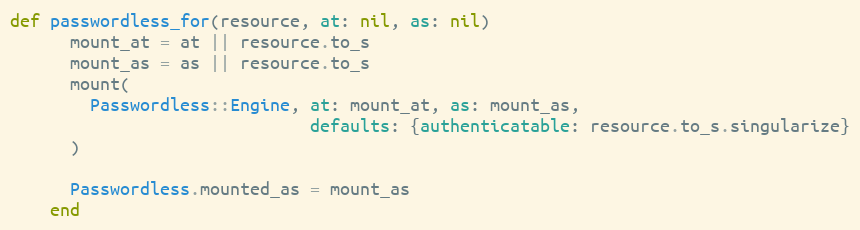
Language: Ruby
def passwordless_for(resource, at: nil, as: nil)
      mount_at = at || resource.to_s
      mount_as = as || resource.to_s
      mount(
        Passwordless::Engine, at: mount_at, as: mount_as,
                              defaults: {authenticatable: resource.to_s.singularize}
      )

      Passwordless.mounted_as = mount_as
    end